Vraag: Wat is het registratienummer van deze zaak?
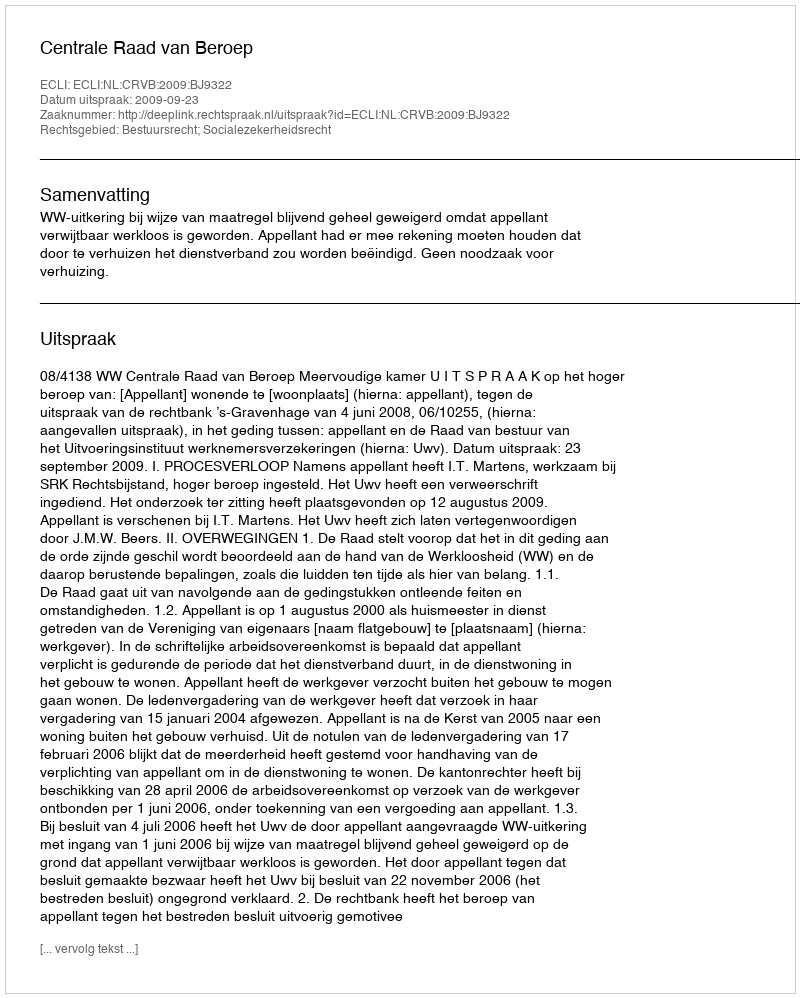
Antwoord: http://deeplink.rechtspraak.nl/uitspraak?id=ECLI:NL:CRVB:2009:BJ9322